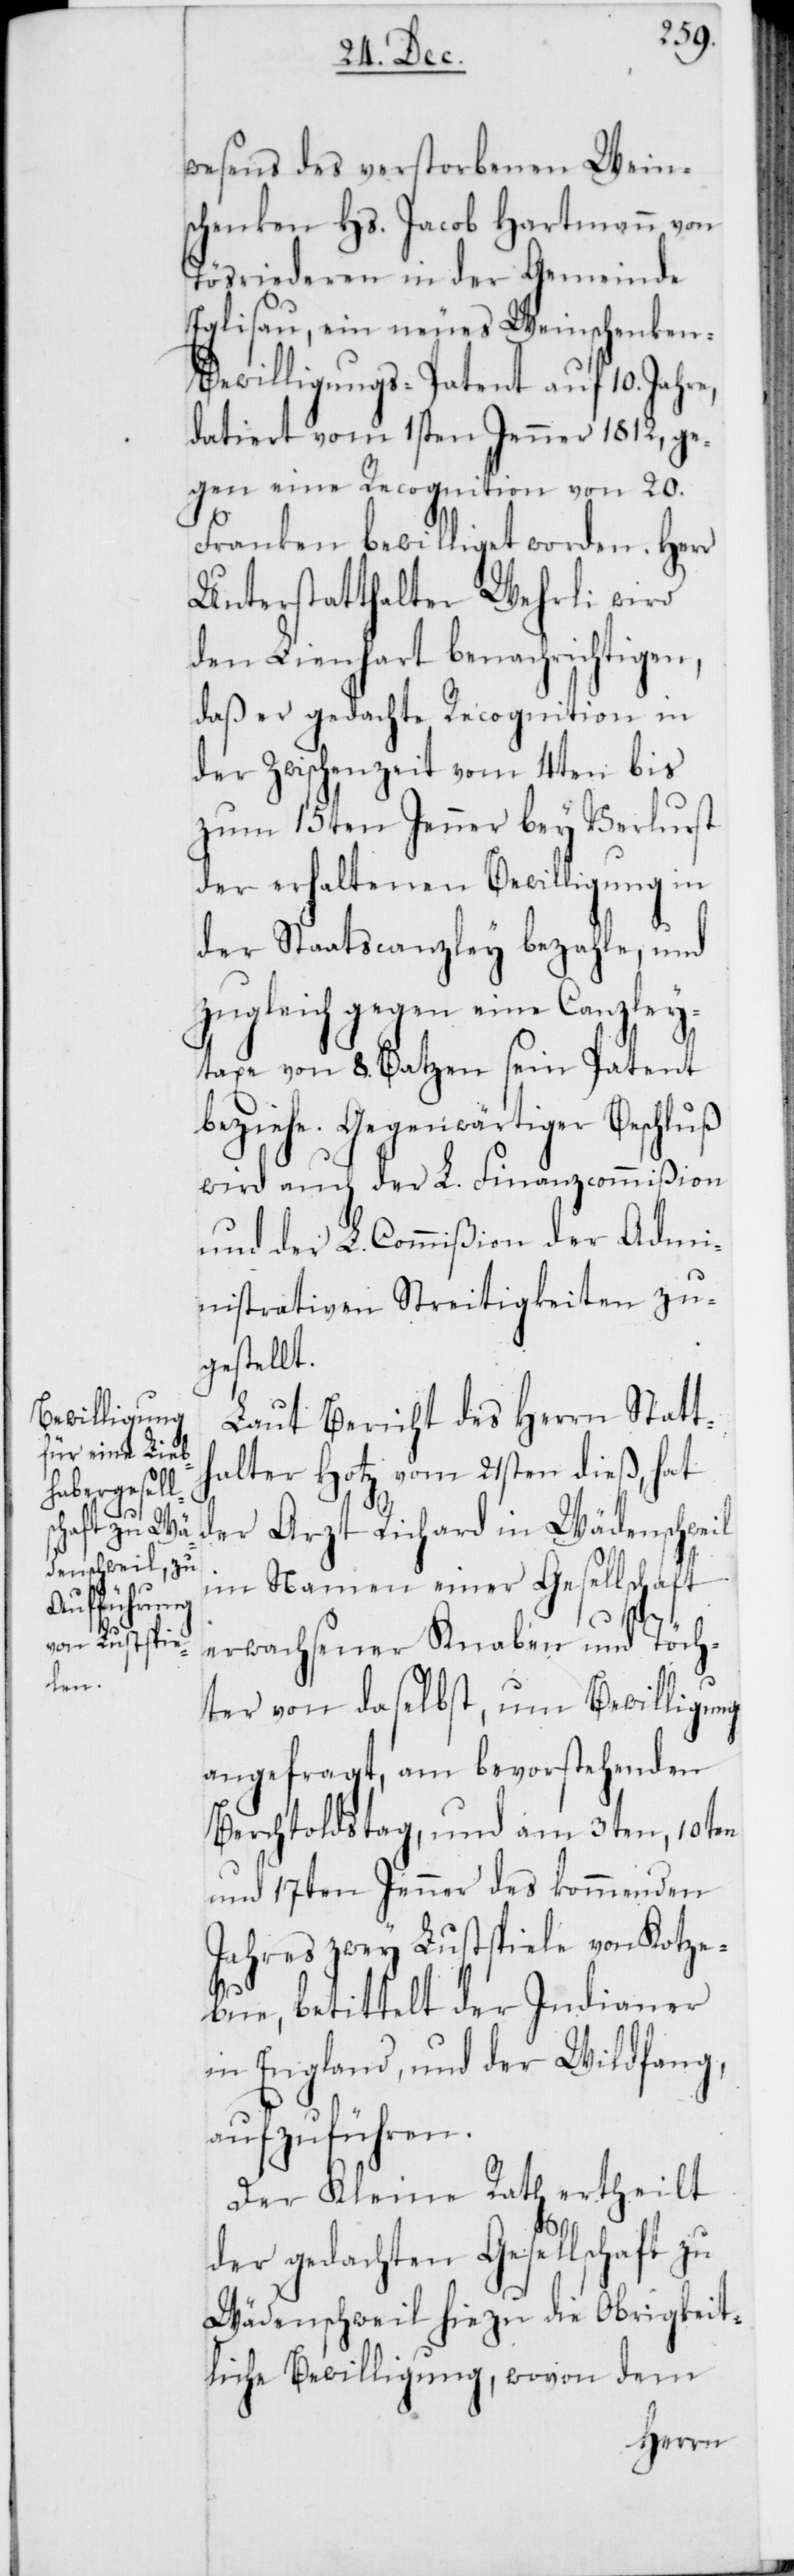
und

wesens des verstorbenen Wein¬
schenken Hs. Jacob Hartmann von
Tösriedern in der Gemeinde
Eglisau, ein neues Weinschenken-B¬
ewilligungs-Patent auf 10. Jahre,
datiert vom 1sten Jenner 1812, ge¬
gen eine Recognition von 20.
Franken bewilliget worden. Herr
Unterstatthalter Wehrli wird
den Lienhart benachrichtigen,
daß er gedachte Recognition in
der Zwischenzeit vom 4ten bis
zum 15ten Jenner bey Verlust
der erhaltenen Bewilligung in
der Staatscanzley bezahle, und
zugleich gegen eine Canzley¬
taxe von 8. Batzen sein Patent
beziehe. Gegenwärtiger Beschluß
wird auch der L. Finanzcommißion
und der L. Commißion der Admi¬
nistrativen Streitigkeiten zu¬
gestellt.
Laut Bericht des Herrn Statt¬
halter Hotz vom 21sten dieß, hat
der Arzt Richard in Wädenschweil
im Namen einer Gesellschaft
erwachsener Knaben und Töch¬
ter von daselbst, um Bewilligung
angefragt, am bevorstehenden
Berchtoldstag, und am 3ten, 10ten
und 17ten Jenner des kommenden
Jahres zwey Lustspiele von Kotze¬
bue, betittelt [„]der Indianer
aufzuführen.
Der Kleine Rath ertheilt
der gedachten Gesellschaft zu
Wädenschweil hiezu die Obrigkeit¬
liche Bewilligung, wovon dem